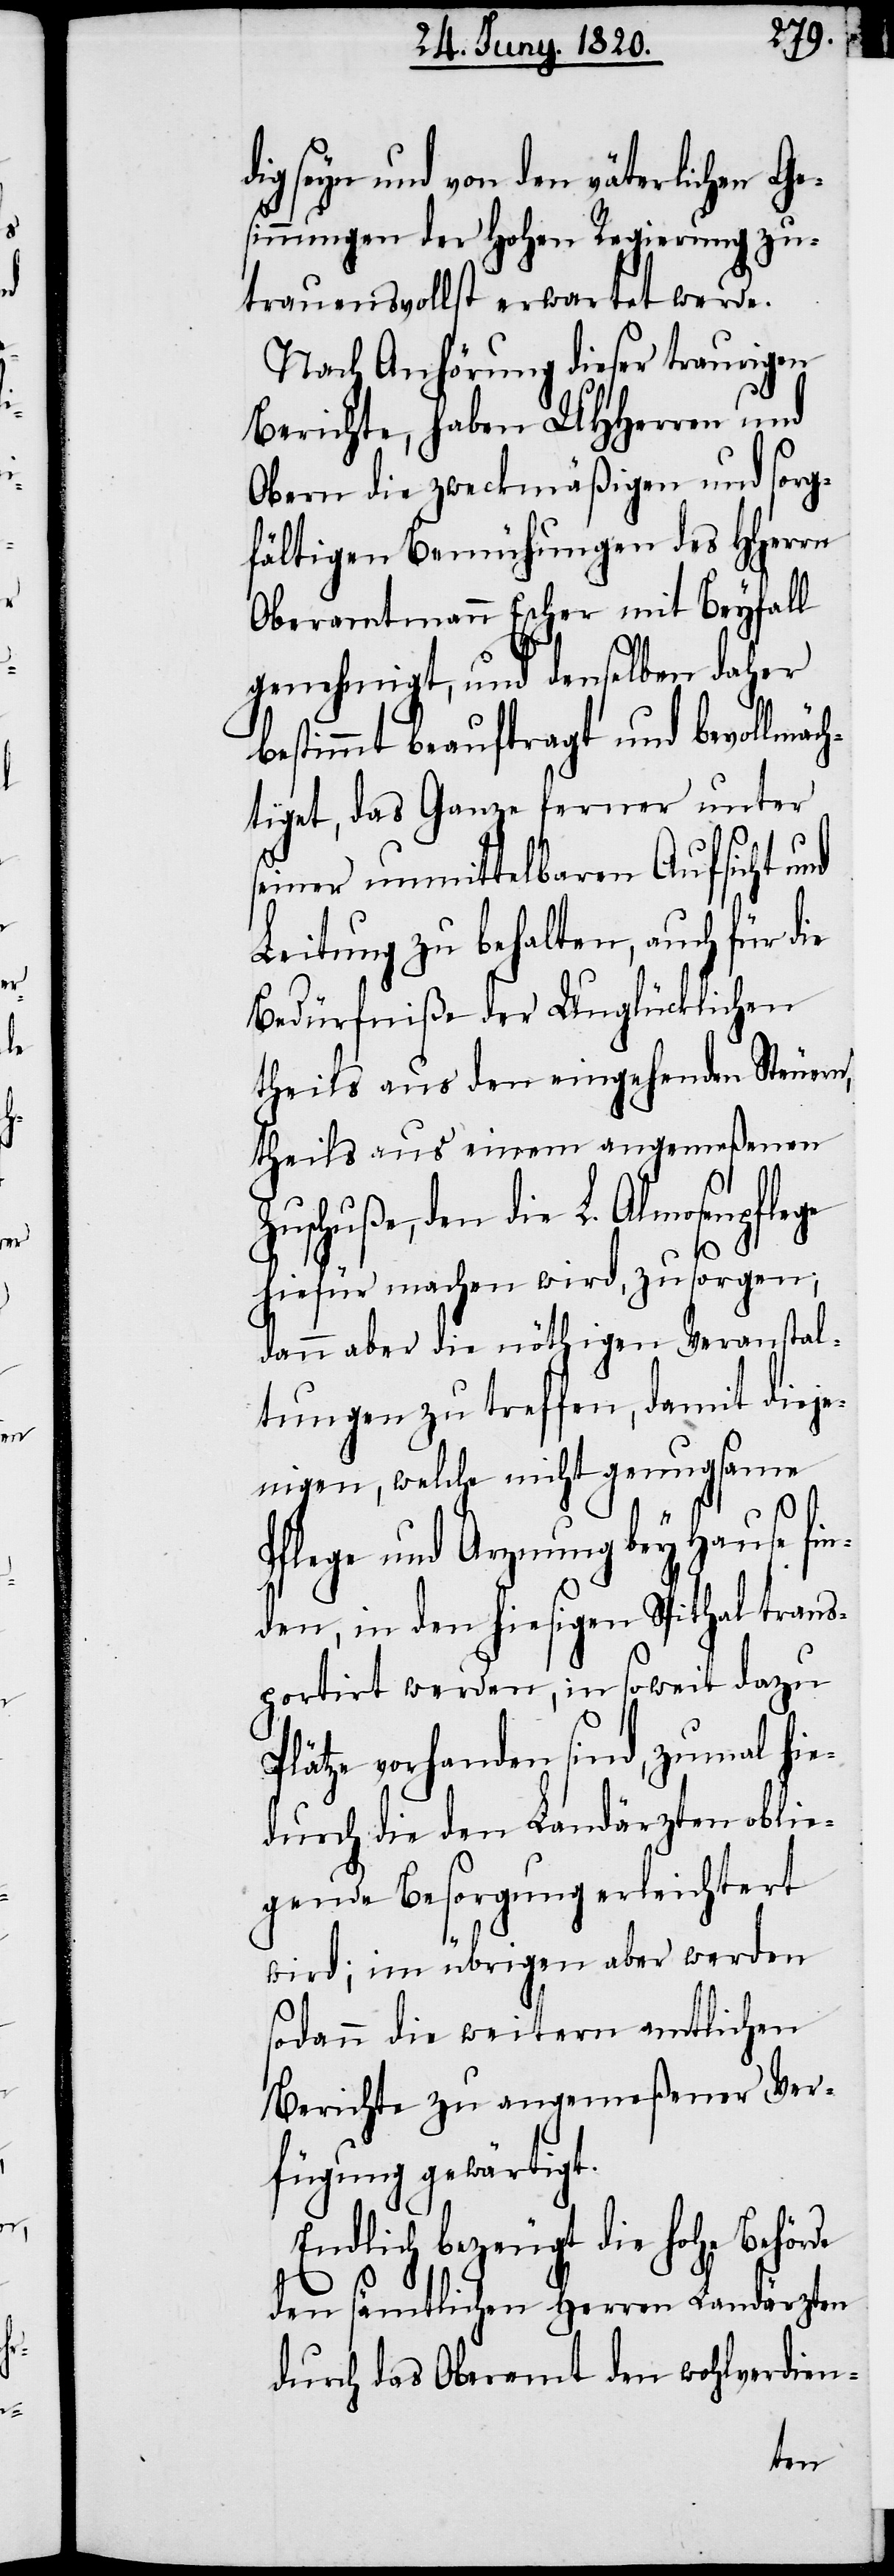
dig seyn und von den väterlichen Ge¬
sinnungen der hohen Regierung zu¬
trauensvollst erwartet werde.
Nach Anhörung dieser traurigen
Berichte, haben UHherren und
Obern die zweckmäßigen und sorg¬
fältigen Bemühungen des Hherr¬
Oberamtmann Escher mit Beyfall
genehmigt, und denselben daher
bestimmt beauftragt und bevollmä¬
chtiget, das Ganze ferner unter
seiner unmittelbaren Aufsicht und
Leitung zu behalten, auch für die
Bedürfniße der Unglücklichen
theils aus den eingehenden Steuern,
theils aus einem angemeßenen
Zuschuße, den die L. Almosenpfle¬
ge
hiefür machen wird, zu sorgen,
dann aber die nöthigen Veranstal¬
tungen zu treffen, damit dieje¬
nigen, welche nicht genugsame
Pflege und Arznung bey Hause fin¬
den, in den hiesigen Spithal trans¬
portirt werden, in soweit dazu
Plätze vorhanden sind, zumal hie¬
durch die den Landärzten oblie¬
gende Besorgung erleichtert
wird, im übrigen aber werden
sodann die weitern amtlichen
Berichte zu angemeßener Ver¬
fügung gewärtigt.
Endlich bezeugt die hohe Behörde
den sämtlichen Herren Landärzten
durch das Oberamt de wohlverdien-
en